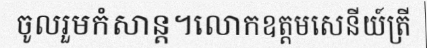
ចូលរួមកំសាន្ត។លោកឧត្តមសេនីយ៍ត្រី